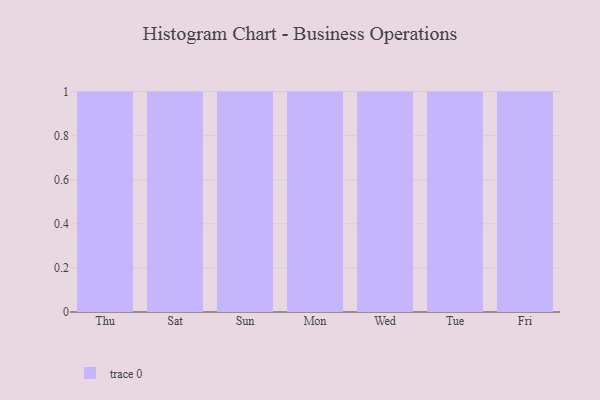
{"axis": {"x": "Day", "y": "Temperature (°C)"}, "legend": [""], "data": [{"x": "Thu", "y": 24, "type": ""}, {"x": "Sat", "y": 92, "type": ""}, {"x": "Sun", "y": 71, "type": ""}, {"x": "Mon", "y": 78, "type": ""}, {"x": "Wed", "y": 24, "type": ""}, {"x": "Tue", "y": 99, "type": ""}, {"x": "Fri", "y": 8, "type": ""}]}